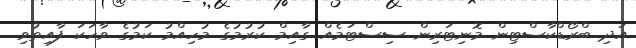
އަދި ބްރޯޑްކާސްޓިން މޮނިޓަރިން ސިސްޓަމެއް ގާއިމް ކުރުމުގެ މުހިއްމު ކަމުގެ ވާހަކަ ފާއިތުވި